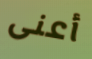
أعنى